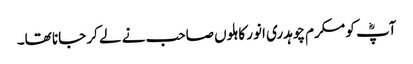
آپؓ کو مکرم چوہدری انور کاہلوں صاحب نے لے کر جانا تھا۔